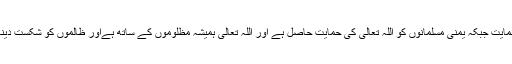
سعودی عرب کو بڑے شیطان امریکہ کی حمایت جبکہ یمنی مسلمانوں کو اللہ تعالی کی حمایت حاصل ہے اور اللہ تعالی ہمیشہ مظلوموں کے ساتھ ہےاور ظالموں کو شکست دینا اللہ تعالی کے سچے وعدوں میں شامل ہے۔